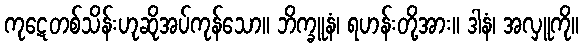
ကုဋေတစ်သိန်းဟုဆိုအပ်ကုန်သော။ ဘိက္ခူနံ၊ ရဟန်းတို့အား။ ဒါနံ၊ အလှူကို။